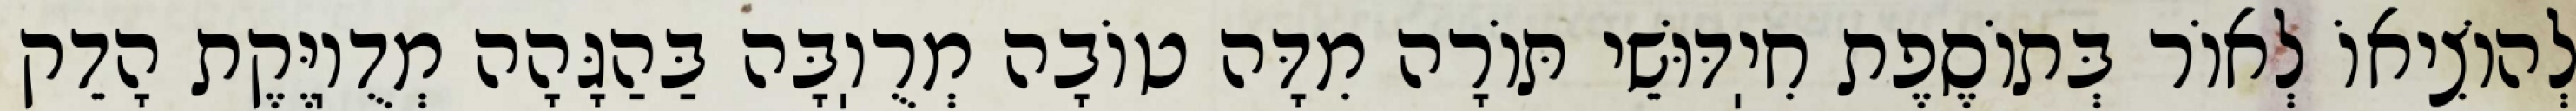
לְהוֹצִיאוֹ לְאוֹר בְּתוֹסֶפֶת חִיֽדּוּשֵׁי תּוֹרָה מִדָּה טוֹבָה מְרֻוֽבָּה בַּהַגָּהָה מְדֻוֽיֶּקֶת הָדֵק